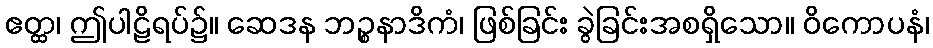
ဧတ္ထ၊ ဤပါဠိရပ်၌။ ဆေဒန ဘဉ္စနာဒိကံ၊ ဖြစ်ခြင်း ခွဲခြင်းအစရှိသော။ ဝိကောပနံ၊